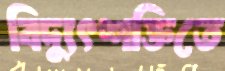
বিদ্যুৎশক্তিতে